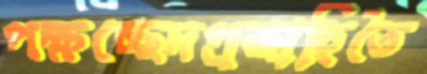
পক্ষচ্ছেদপ্রজাহিতৈ